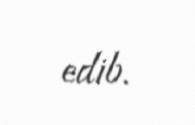
edib.